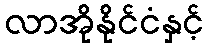
လာအိုနိုင်ငံနှင့်